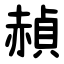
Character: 赬